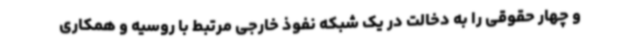
و چهار حقوقی را به دخالت در یک شبکه نفوذ خارجی مرتبط با روسیه و همکاری